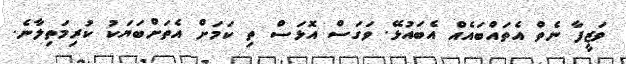
ވަޒީފާ ނެތް އެތައްބައެއް އެބައުޅޭ. ވަގަސް އޮޅަސް ތި ކަމަށް އެތަށްބަޔަކު ކުރިމަތިލާނެ.